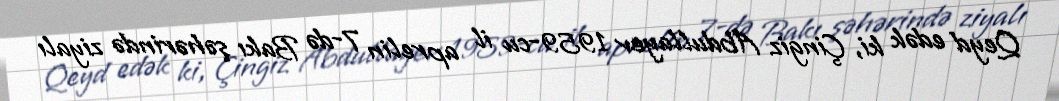
Qeyd edək ki, Çingiz Abdullayev 1959-cu il aprelin 7-də Bakı şəhərində ziyalı